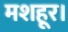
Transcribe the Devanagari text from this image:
मशहूर।